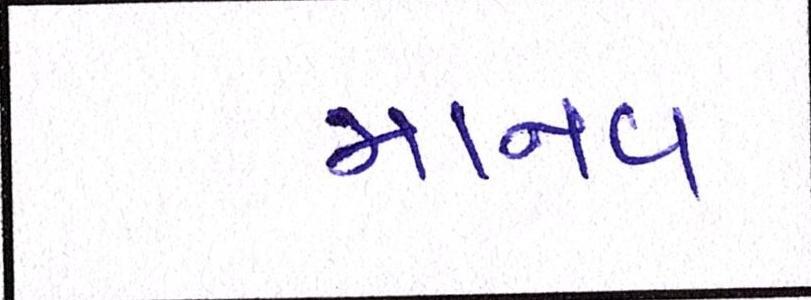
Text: માનવ